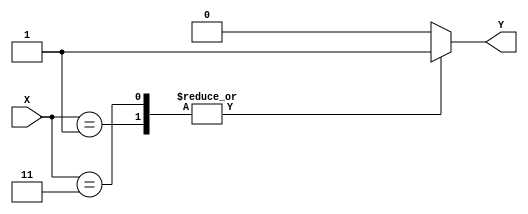
module X_case_statement (
    input wire [3:0] X,
    output reg Y
);

always @(*)
begin
    case (X)
        4'b0000: Y <= 1'b0; // if X is 0000
        4'b0001: Y <= 1'b1; // if X is 0001
        4'b0010: Y <= 1'b0; // if X is 0010
        4'b0011: Y <= 1'b1; // if X is 0011
        default: Y <= 1'b0; // if X does not match any of the specified cases
    endcase
end

endmodule